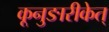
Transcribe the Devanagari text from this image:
कूनुङारीकेत्